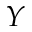
Y